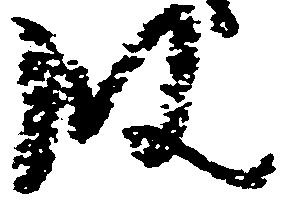
段